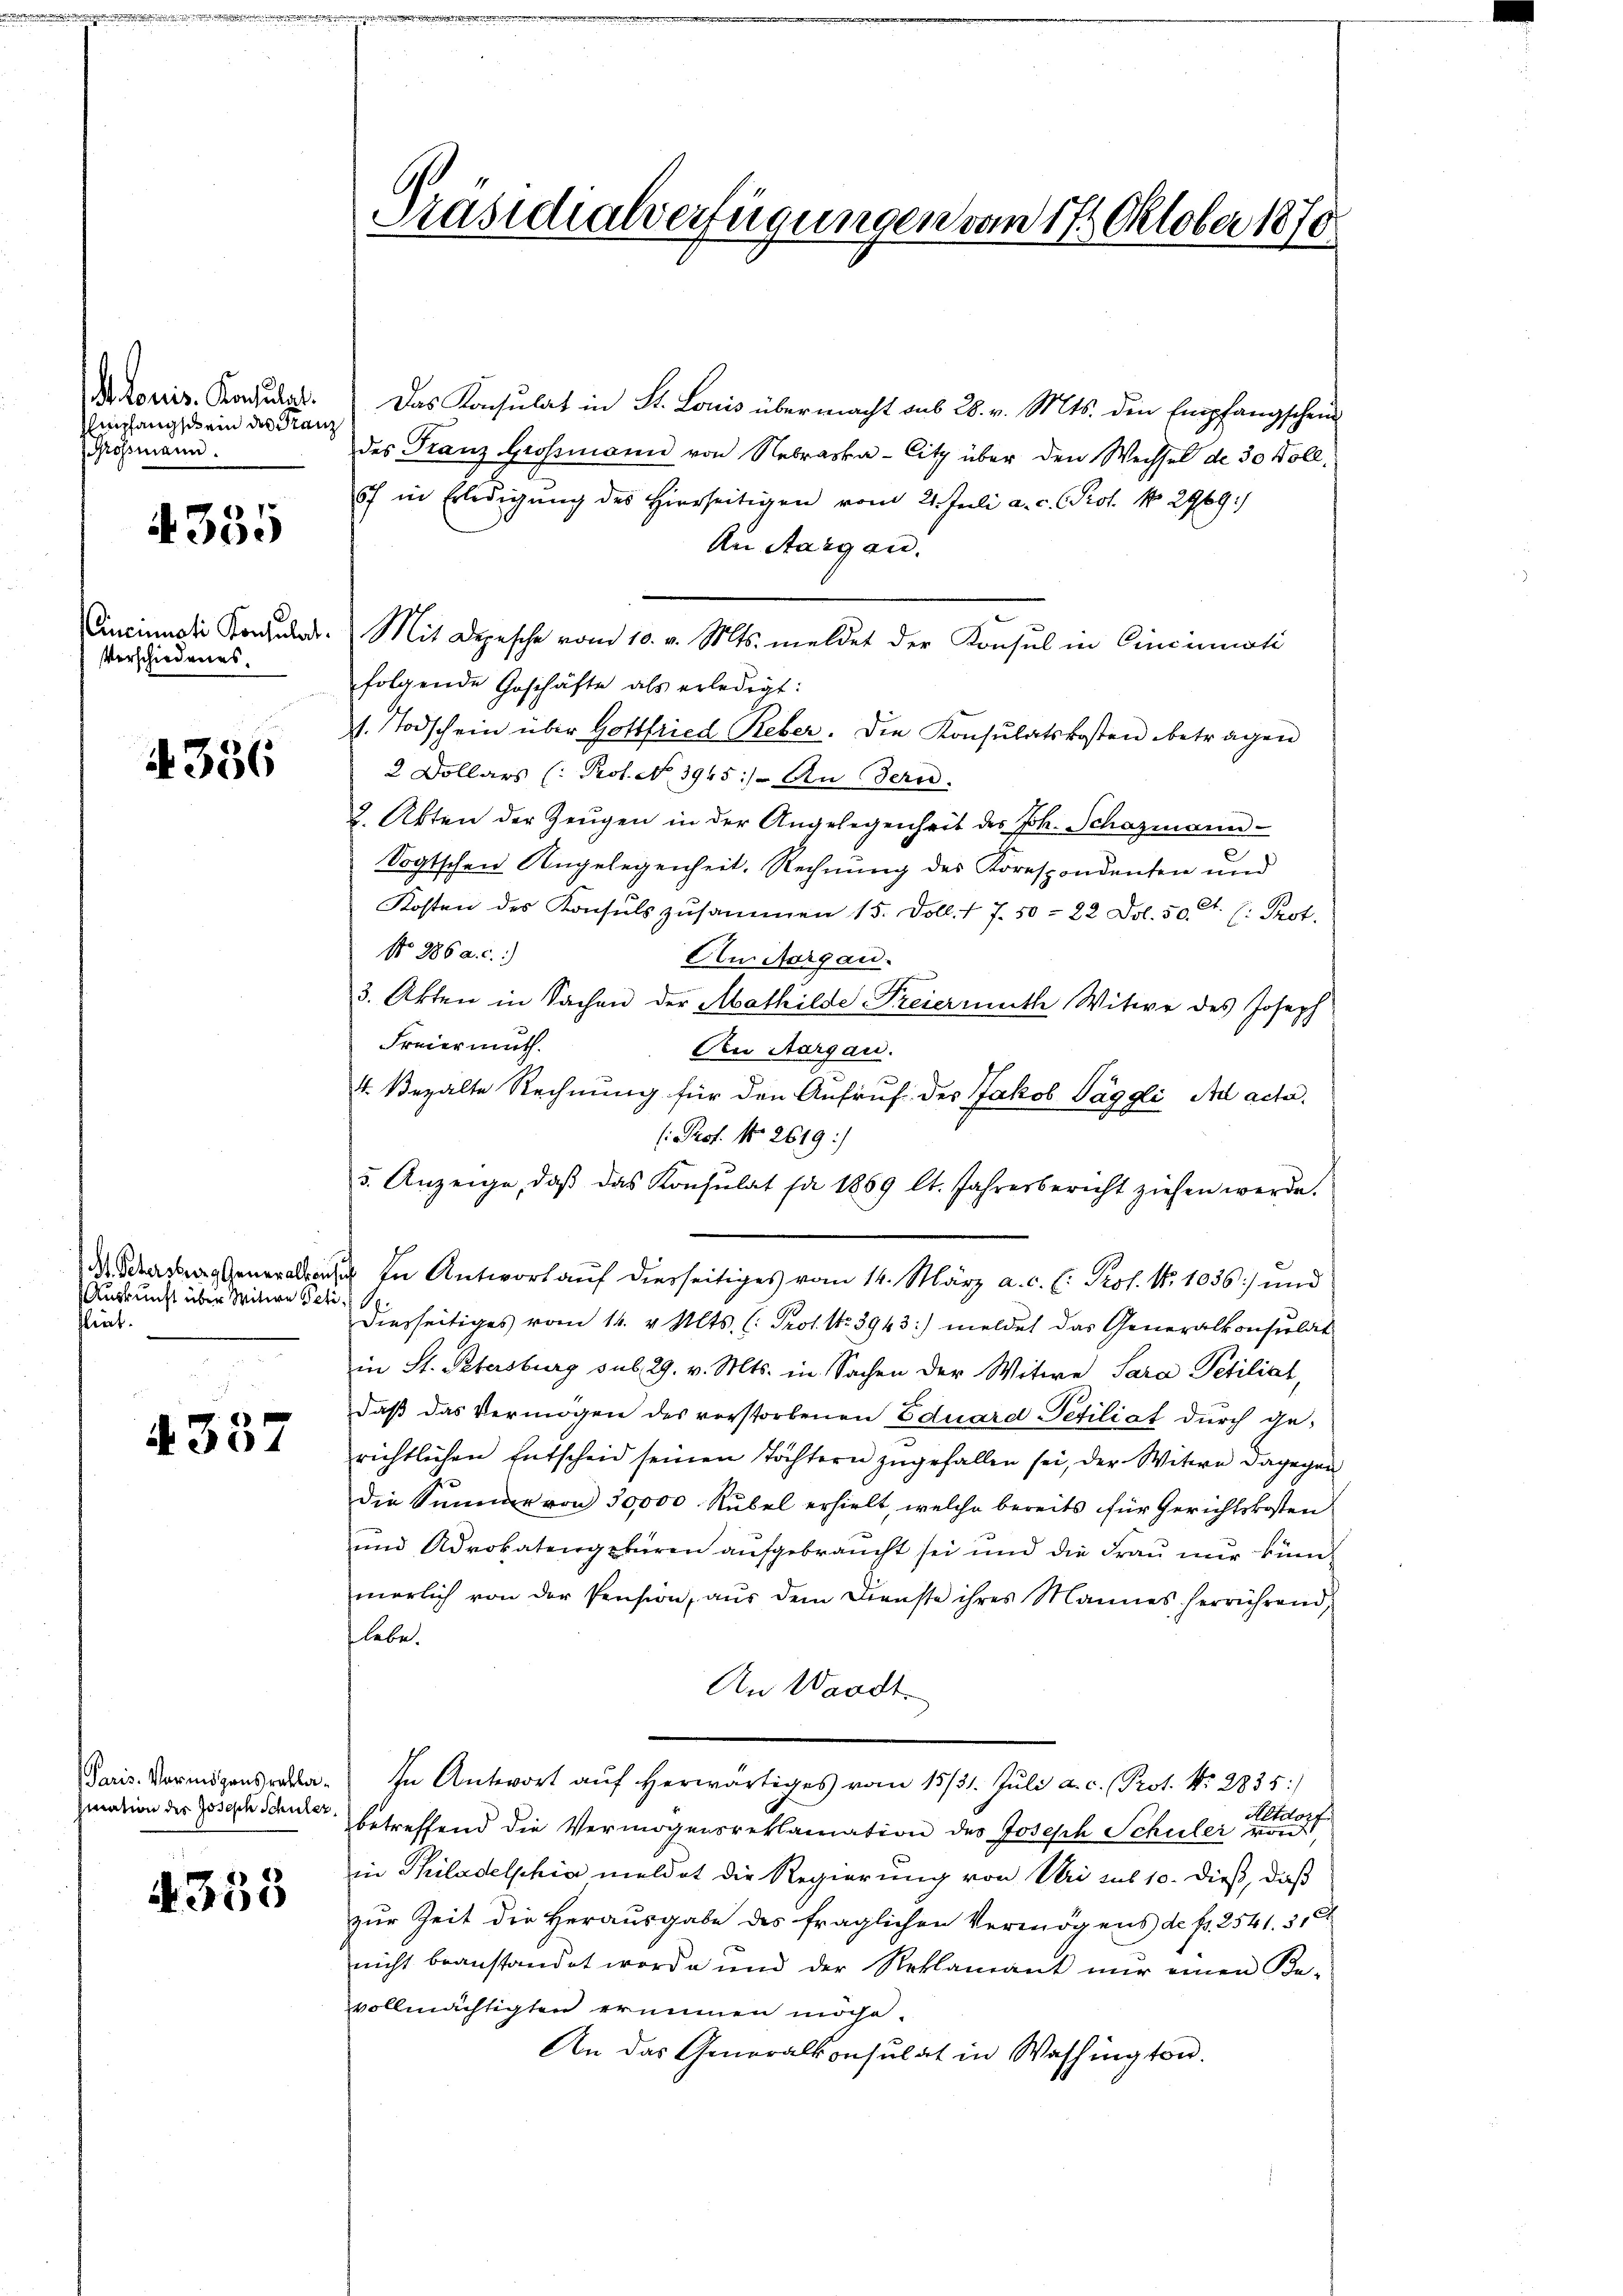
Stonis. Konsulgt.
Empfangschein des Franz
Grossmann.

355

Cincumoti Konsulat
Verschiedenes.

336

M. Schersburg Generalkon
Auskunft über Witwe Peti
lirt.

4337

Paris. Vermögensrathasiation des Joseph Schuler,

A 355

l
Präsidialverfügungen vom 17. Oktober 1870

Das Konsulat in St. Louis übermacht aus 28. v. Mts. den Empfangschein
des Franz Grossmann von Nebraska-Citz über den Wechsel de 30 Voll¬
6f in Erledigŭng des hierseitigen vom 21. Juli a. c. Prof. No. 2969:
An Aargau.
Mit Depesche vom 10. v. Mts. meldet der Konsul in Cincinisti
folgende Geschäfte als erledigt:
s. Todschein über Gottfried Reber. Die Konsulatskosten betragen
2 Dollars (: Prot. No. 3945). An dern.
2 Akten der Zeŭgen in der Angelegenheit des Joh. Schazmann-
Sogtschen Angelegenheit, Rechnung des Korespondenten und
Kosten des Konsuls zusammen 15. Doll. 1 7. 50 = 22 Dol. 50. Ct. (: Prot.
No 386 a. c.)
Am Aargau.
3. Akten in Sachen der Mathilde Freiermuth Witwe des Joseph
Freiermuth.
An Aargau.
4 Bezalte Rechnung für den Aufruf des Jakob Täggli Ad acta.
(: Prof. No 2619:/
5. Anzeige, daβ das Konsulat sa 1869 lt. Jahresbericht ziehen werde.
i
In Antwort auf diesseitiges vom 14. März a. c. l. Prof. N. 1036) und
Diesseitiges vom 14. v. Mts. (: Prof. No 3943:) meldet das Generalkonsulat
in St. Petersburg sub 29. v. Mts. in Sachen der Witwe Sara Petitiat,
daß das Vermögen des verstorbenen Eduard-Tefiliat durch gerichtlichen Entscheid seinen Töchtern zugefallen sei, der Witwe dagegen
die Sinner von 30,000 Rubel erhielt, welche bereits für Gerichtskosten
und Advokatengebüren aufgebraucht sei und die Frau nur kün
merlich von der Pension, aŭs dem Dienste ihres Mannes herrührend,
lebe.
An Waadt.
In Antwort aŭf herwärtiges vom 15/31. Jŭli a. c. (Prot. Nr. 2835:
betreffend die Vermögensreklamation des Joseph Schuler
in Philadelphia meldet die Regierung von Uri sub 10. dieß, daß
zur Zeit die Herausgabe des fraglichen Vermögens de fr. 2541. 3, 6
nicht beanstandet worde und der Reklamant nur einen Be-
vollmächtigten erinnen mache.
An das Generalkonsulat in Washington.